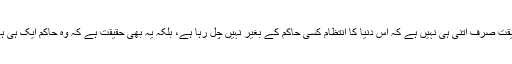
حقیقت صرف اتنی ہی نہیں ہے کہ اس دنیا کا انتظام کسی حاکم کے بغیر نہیں چل رہا ہے، بلکہ یہ بھی حقیقت ہے کہ وہ حاکم ایک ہی ہے۔